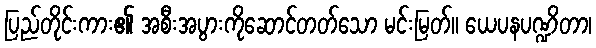
ပြည်တိုင်းကား၏ အစီးအပွားကိုဆောင်တတ်သော မင်းမြတ်။ ယေပနပဏ္ဍိတာ၊